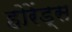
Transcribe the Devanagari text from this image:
होरेंड्स